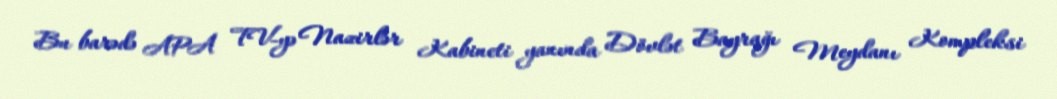
Bu barədə APA TV-yə Nazirlər Kabineti yanında Dövlət Bayrağı Meydanı Kompleksi